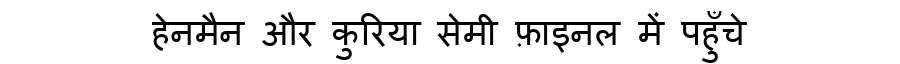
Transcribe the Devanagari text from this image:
हेनमैन और कुरिया सेमी फ़ाइनल में पहुँचे